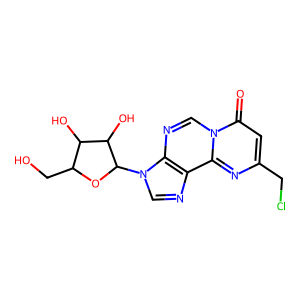
SMILES: O=c1cc(CCl)nc2c3ncn(C4OC(CO)C(O)C4O)c3ncn12
Inhibits HIV replication: No